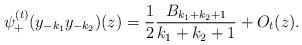
LaTeX: \begin{align*} \psi_+^{(t)}(y_{-k_1}y_{-k_2})(z) = \frac{1}{2} \frac{B_{k_1 + k_2 + 1}}{k_1 + k_2 + 1} + O_t(z). \end{align*}